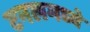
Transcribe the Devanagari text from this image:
टनलमध्ये